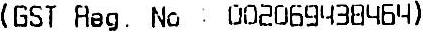
(GST REG. NO : 002069438464)